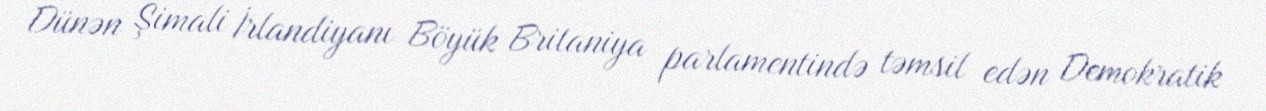
Dünən Şimali İrlandiyanı Böyük Britaniya parlamentində təmsil edən Demokratik